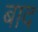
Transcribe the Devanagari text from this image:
बाद